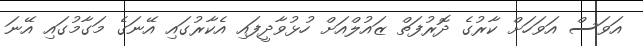
އަވަސް އަވަހަށް ކާރުގެ ދޮރުފަތް ޒައުލްއަށް ހުޅުވާދީފައި އެކާރުގައި އޭނަގެ މަގާމުގައި އޭނަ